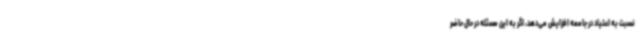
نسبت به اعتیاد در جامعه افزایش می‌دهد، اگر به این مسئله در حال حاضر